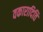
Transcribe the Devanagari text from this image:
वकारादिति